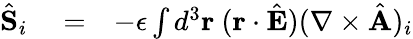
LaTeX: \begin{array}{rlr}{\hat{\mathbf S}_{i}}&{{}=}&{-\epsilon\int d^{3}{\mathbf r}\ ({\mathbf r}\cdot\hat{\mathbf E})(\nabla\times\hat{\mathbf A})_{i}}\end{array}